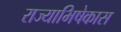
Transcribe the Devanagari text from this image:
राज्याभिषेकास